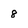
Character: 8